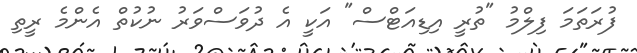
ފުރަތަމަ ފިލްމު "ތުރީ އިޑިއަޓްސް" އަކީ އެ ދުވަސްވަރު ނުކުތް އެންމެ ރީތި